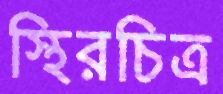
স্থিরচিত্র